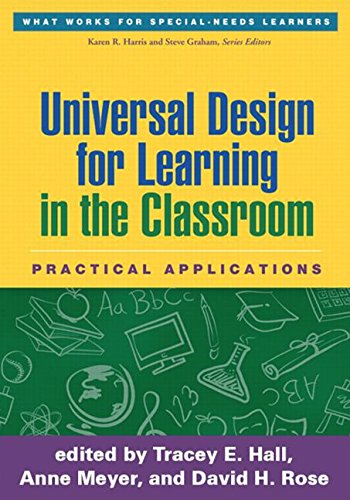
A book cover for Universal Design for Learning in the Classroom: Practical Applications (What Works for Special-Needs Learners); Education & Teaching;